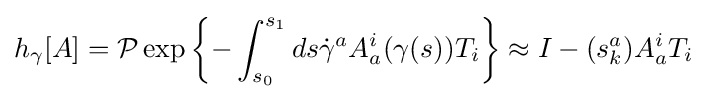
h_{\gamma }[A]={\mathcal {P}}\exp \left\{-\int _{s_{0}}^{s_{1}}ds{\dot {\gamma }}^{a}A_{a}^{i}(\gamma (s))T_{i}\right\}\approx I-(s_{k}^{a})A_{a}^{i}T_{i}